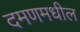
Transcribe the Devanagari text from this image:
दमणमधील